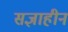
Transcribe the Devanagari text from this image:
सज्ञाहीन